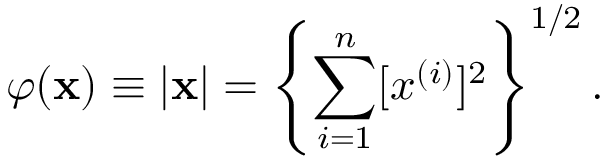
\varphi ( \mathbf { x } ) \equiv | \mathbf { x } | = \left\{ \sum _ { i = 1 } ^ { n } [ x ^ { ( i ) } ] ^ { 2 } \right\} ^ { 1 / 2 } .